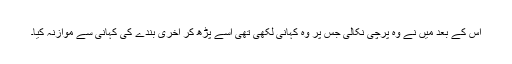
اس کے بعد میں نے وہ پرچی نکالی جس پر وہ کہانی لکھی تھی اسے پڑھ کر آخری بندے کی کہانی سے موازنہ کیا۔